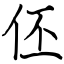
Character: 伾